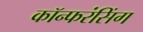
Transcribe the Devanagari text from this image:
कॉन्फरंसिंग